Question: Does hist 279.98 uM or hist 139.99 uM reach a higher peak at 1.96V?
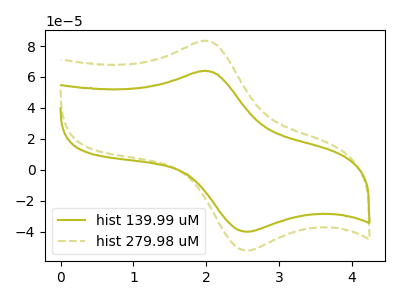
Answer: <think>The olive curve "hist 139.99 uM" has an anodic peak at (1.95V, 63.85uA) and a cathodic peak at (2.55V, -40.15uA). The olive dashed curve "hist 279.98 uM" has an anodic peak at (1.95V, 83.30uA) and a cathodic peak at (2.55V, -52.40uA).</think>
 <answer>The peak at 1.96V is higher in "hist 279.98 uM" than in "hist 139.99 uM".</answer>
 <eval>higher</eval>